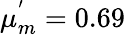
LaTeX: \mu_{m}^{'}=0.69